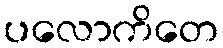
ပလောကိတေ